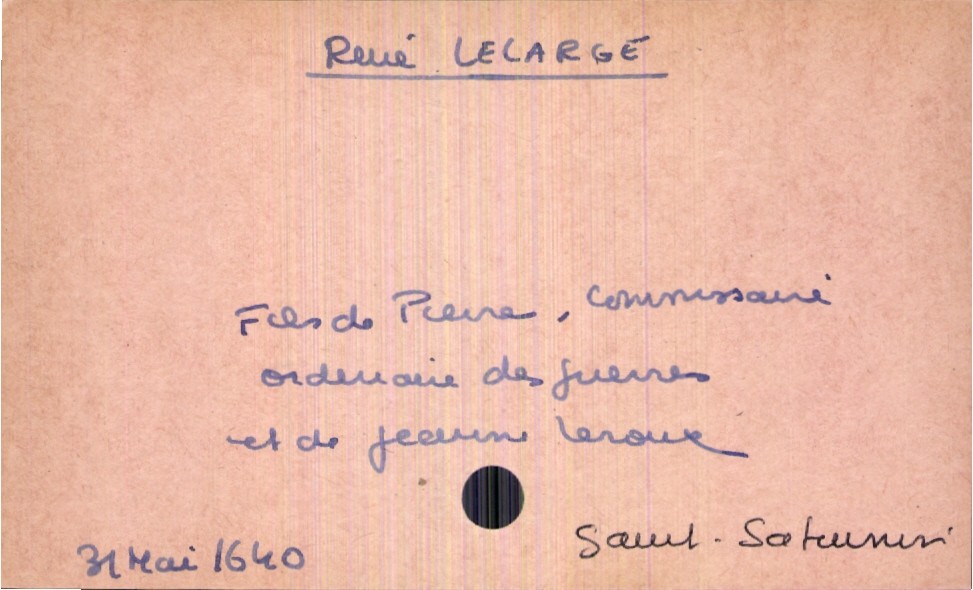
type_acte: Baptême
filiation: fils
enfant_prénom: René
enfant_date_de_naissance: 31 mai 1640
enfant_lieu_de_naissance: Saint-Saturnin
père_enfant_nom: Lelarge
père_enfant_prénom: Pierre
père_enfant_profession: commissaire ordinaire des guerres
mère_enfant_nom: Leroux
mère_enfant_prénom: Jeanne